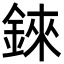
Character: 錸